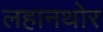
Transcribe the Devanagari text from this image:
लहानथोर